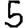
Digit: 5